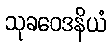
သုခဝေဒနိယံ